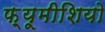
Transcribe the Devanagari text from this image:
फ़्यूमीशियो